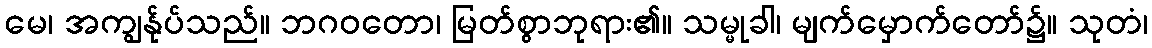
မေ၊ အကျွန်ုပ်သည်။ ဘဂဝတော၊ မြတ်စွာဘုရား၏။ သမ္မုခါ၊ မျက်မှောက်တော်၌။ သုတံ၊